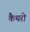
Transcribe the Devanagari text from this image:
कैथरो